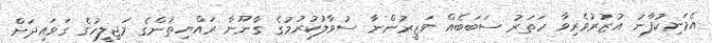
އެމަނިކުފާނު އުޒުރުވެރިވާ ހަތަރު ސަބަބެއް ވަޒީރުންނާ ސުވާލުކުރުމުގެ ގާނޫނާ ރައްޔިތުންގެ މަޖިލީހުގެ ގަވައިދަށް